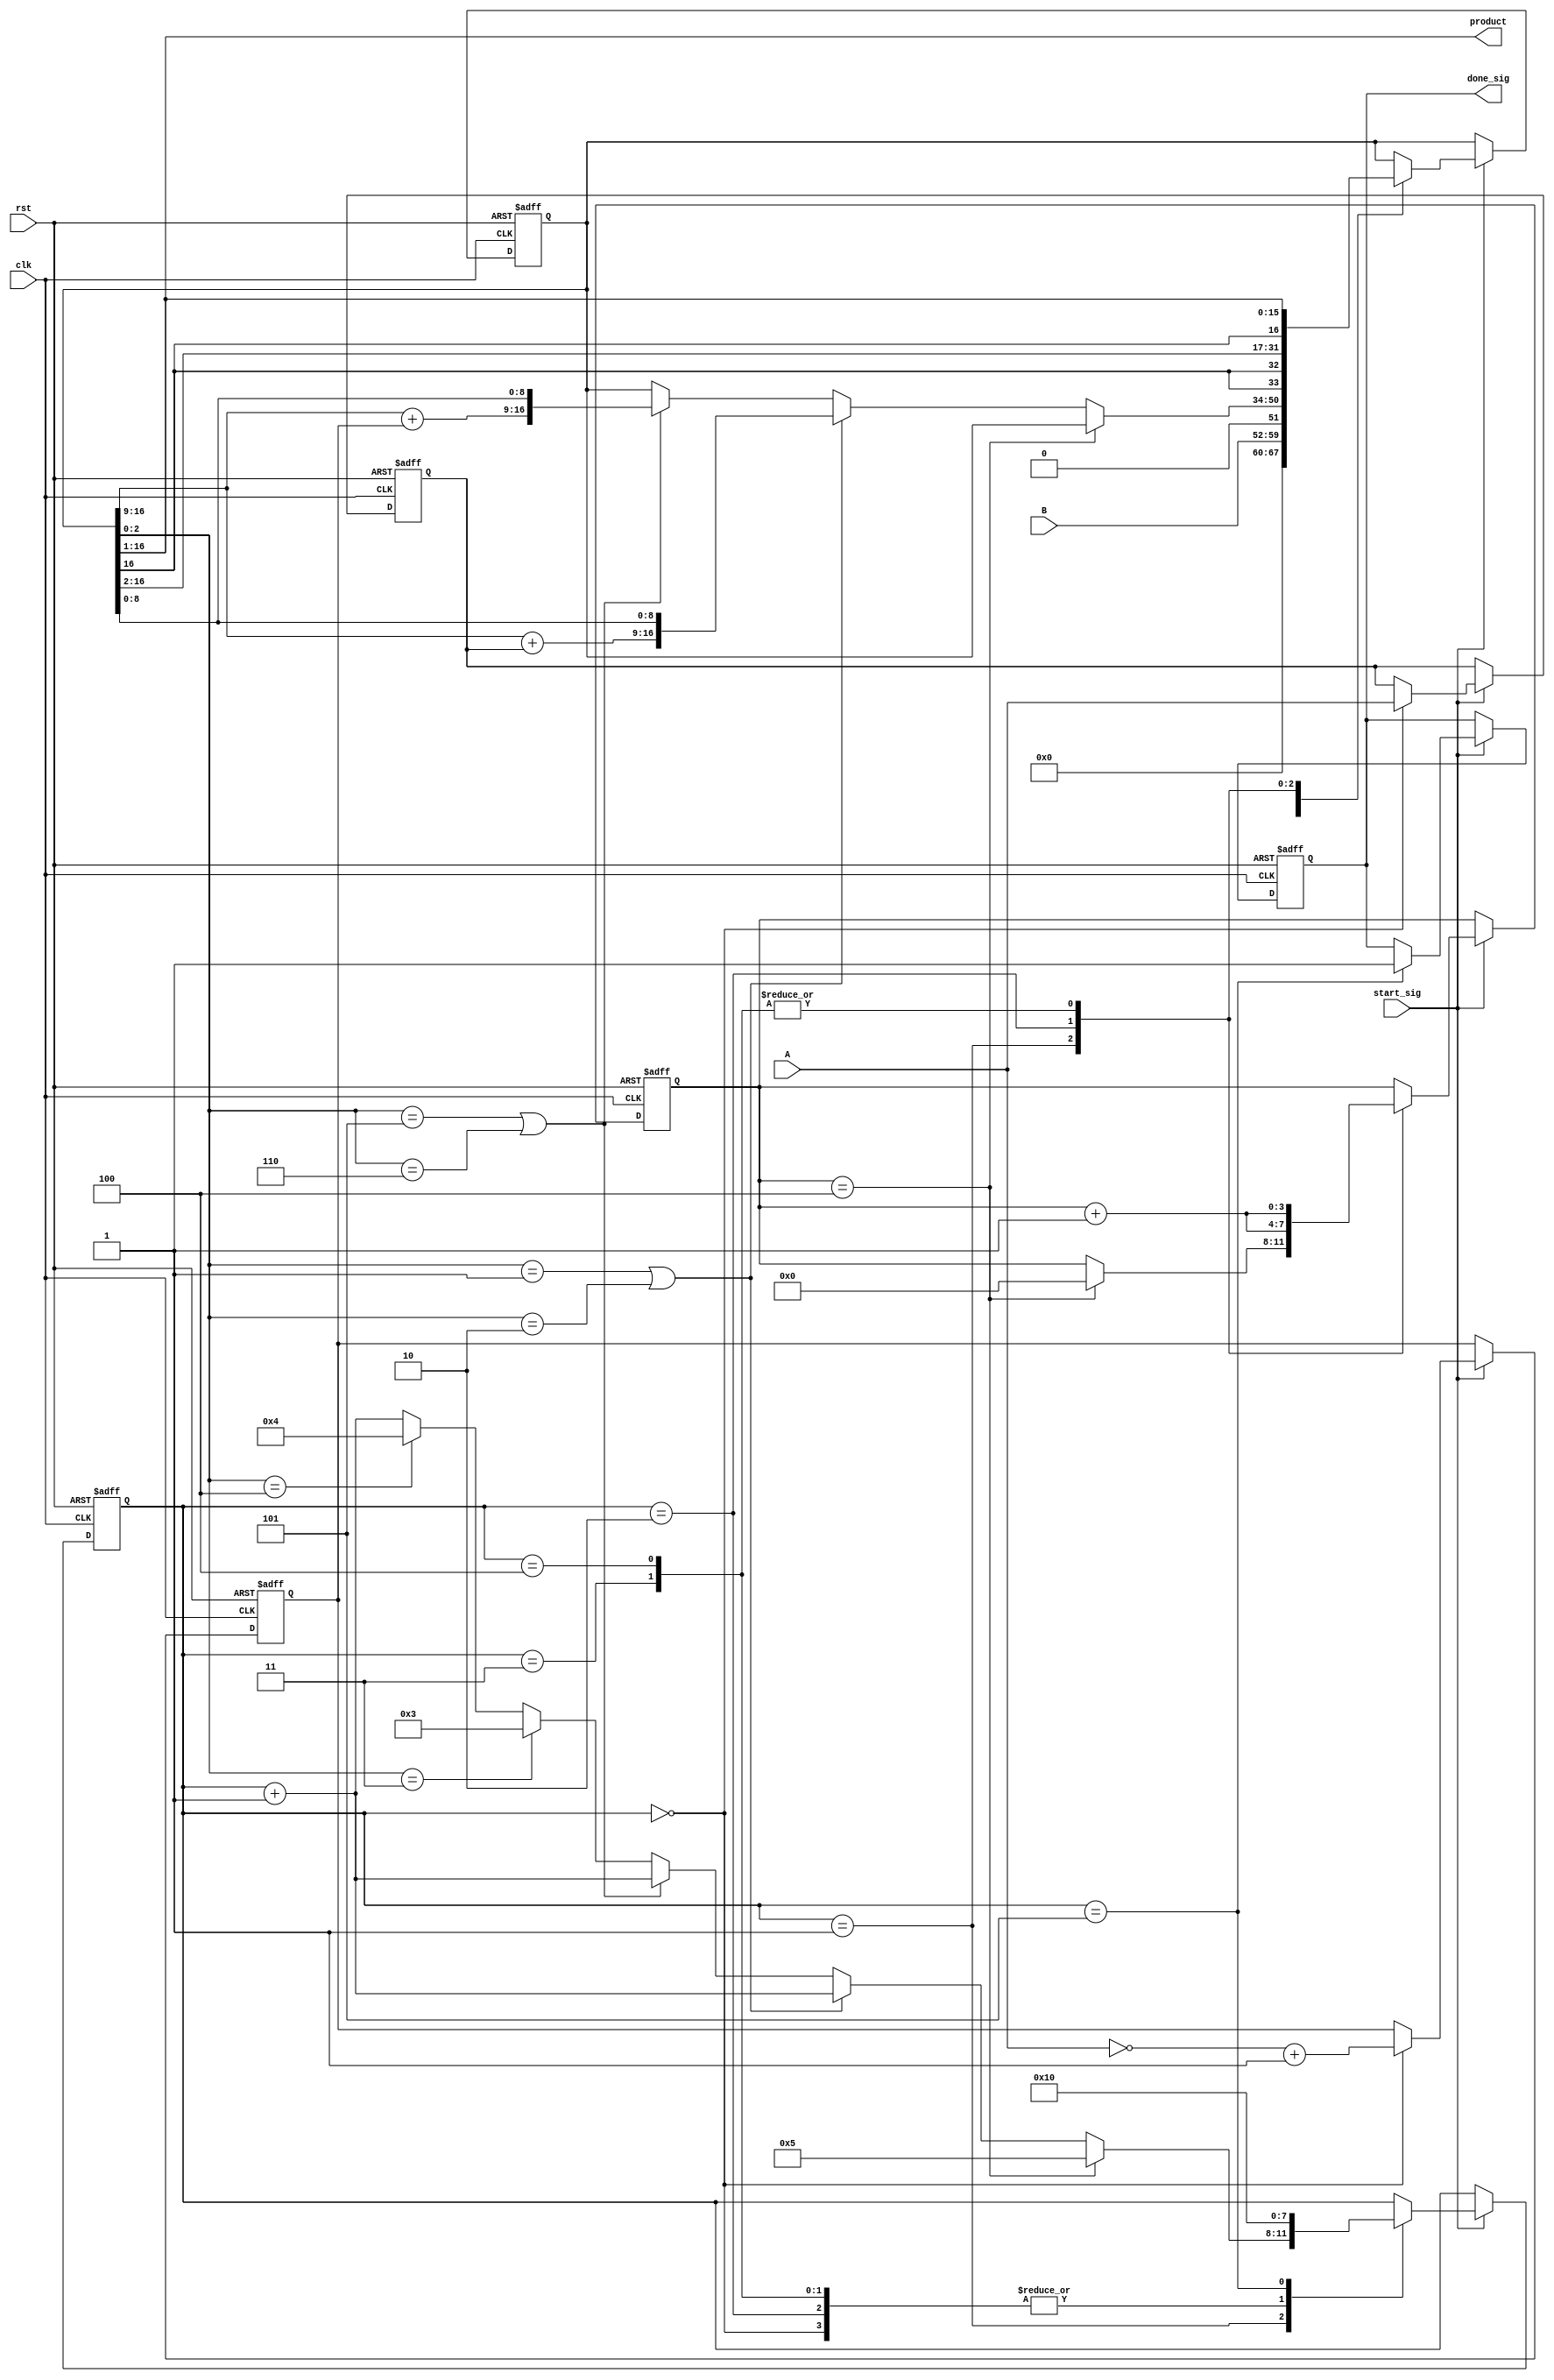
`timescale 1ns / 1ps
//////////////////////////////////////////////////////////////////////////////////
// Company: 
// Engineer: 
// 
// Design Name: 
// Module Name: booth4_multiplier
// Project Name: 
// Target Devices: 
// Tool Versions: 
// Description: 
// 
// Dependencies: 
// 
// Revision:
// Revision 0.01 - File Created
// Additional Comments:
// 
//////////////////////////////////////////////////////////////////////////////////


module booth4_multiplier(clk,rst,start_sig,A,B,done_sig,product);
input clk;
input rst;

input start_sig;
input [7:0]A;
input [7:0]B;

output done_sig;
output [15:0]product;

reg [3:0]stage;
reg [3:0]i;
reg [7:0]a;
reg [7:0]_a;
reg [16:0]p;
reg is_done;

always @( posedge clk or negedge rst )
    if(!rst)
        begin 
            a<=4'b0;
            _a<=4'b0;
            p<=16'b0;
            is_done<=1'b0;
            i<=4'b0;
            stage<=4'b0;
        end
    else if(start_sig)
        case (stage)
            0:
                begin a<=A;_a<=(~A +1);p<={8'b0,B,1'b0};stage<=1'b1; end
            1:
                if(i == 4) begin i<=4'b0; stage<=4'd5; end
                else if (p[2:0] == 3'b001 || p[2:0] == 3'b010) begin p<={p[16:9]+a,p[8:0]};stage<=stage +1'b1; end
                else if (p[2:0] == 3'b101|| p[2:0] == 3'b110) begin p<={p[16:9]+_a,p[8:0]};stage<=stage+ 1'b1; end
                else if (p[2:0] == 3'b011) begin stage<= 3'd3; end
                else if (p[2:0] == 3'b100) begin stage <=3'd4;end
                else stage <= stage + 1'b1;
            2:
                begin p<={p[16],p[16],p[16:2]};i<=i+1'b1;stage<=4'b1; end
            3:
                begin p<={p[16],p[16:1]}; p<= {p[16:9]+a,p[8:0]};p<={p[16],p[16:1]}; i <=i + 1;stage<=4'd1;end 
            4:
                begin p<={p[16],p[16:1]}; p<={p[16:9]+_a,p[8:0]};p<={p[16],p[16:1]}; i<=i + 1;stage <= 4'd1;end
            5:
                begin is_done <=1'b1; stage <= 4'b0; end
        endcase
        
        assign done_sig = is_done;
        assign product = p[16:1];

endmodule